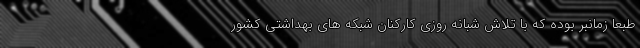
طبعا زمانبر بوده که با تلاش شبانه روزی کارکنان شبکه های بهداشتی کشور